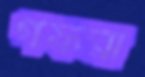
গফরা